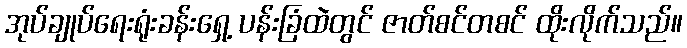
အုပ်ချုပ်ရေးရုံးခန်းရှေ့ ပန်းခြံထဲတွင် ဇာတ်စင်တစင် ထိုးလိုက်သည်။